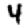
Digit: 4